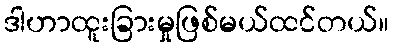
ဒါဟာထူးခြားမှုဖြစ်မယ်ထင်တယ်။